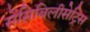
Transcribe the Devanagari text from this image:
सेंसिबिलीसेट्रिस